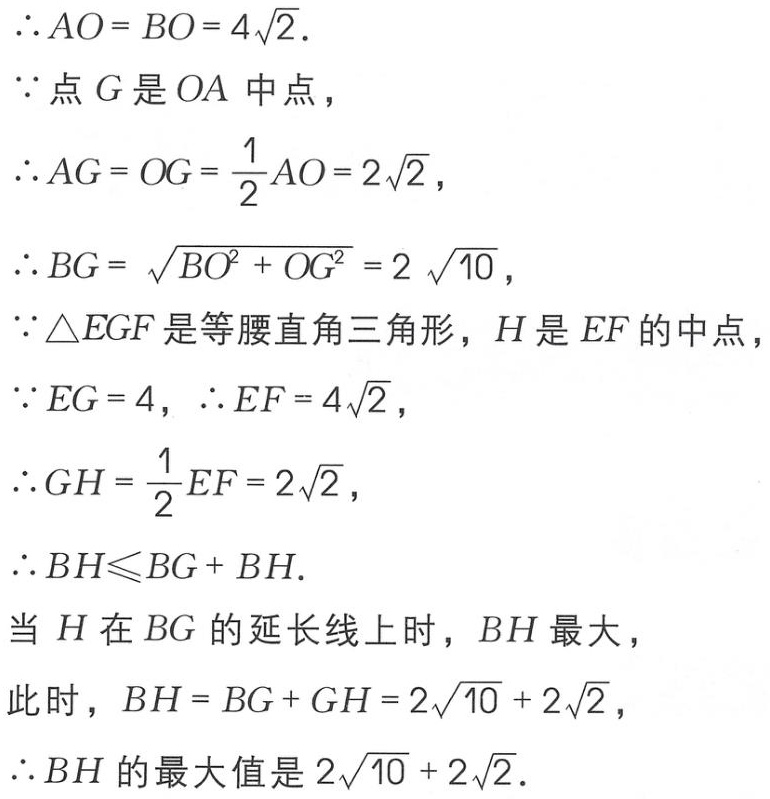
\(\therefore AO = BO = 4\sqrt{2}.\)
\(\because\)点\(G\)是\(OA\)中点，
\(\therefore AG = OG = \frac{1}{2}AO = 2\sqrt{2},\)
\(\therefore BG = \sqrt{BO^{2} + OG^{2}} = 2 \sqrt{10},\)
\(\because\triangle EGF\)是等腰直角三角形，\(H\)是\(EF\)的中点，
\(\because EG = 4,\ \therefore EF = 4\sqrt{2},\)
\(\therefore GH = \frac{1}{2}EF = 2\sqrt{2},\)
\(\therefore BH\leqslant BG + BH.\)
当\(H\)在\(BG\)的延长线上时，\(BH\)最大，
此时，\(BH = BG + GH = 2\sqrt{10} + 2\sqrt{2},\)
\(\therefore BH\)的最大值是\(2\sqrt{10} + 2\sqrt{2}.\)